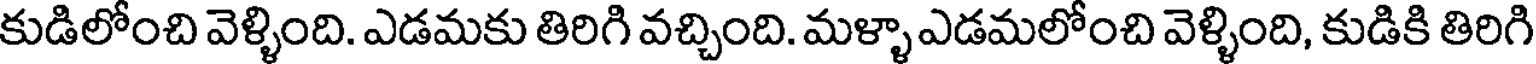
కుడిలోంచి వెళ్ళింది. ఎడమకు తిరిగి వచ్చింది. మళ్ళా ఎడమలోంచి వెళ్ళింది, కుడికి తిరిగి